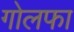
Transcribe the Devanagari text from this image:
गोलफा